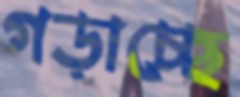
গড়াচ্ছে